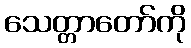
သေတ္တာတော်ကို